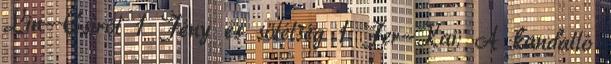
Lin-Csirõl 1 Fény és sötétség 1 Fer-Kai: A kandalló